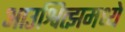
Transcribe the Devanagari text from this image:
आउश्वित्झमध्ये